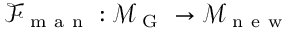
\mathcal { F } _ { \mathrm { ~ m ~ a ~ n ~ } } : \mathcal { M } _ { \mathrm { ~ G ~ } } \to \mathcal { M } _ { \mathrm { ~ n ~ e ~ w ~ } }